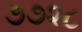
૭૭૨૮